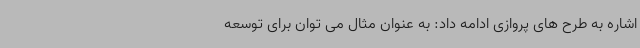
اشاره به طرح های پروازی ادامه داد: به عنوان مثال می توان برای توسعه